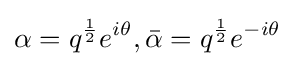
\alpha =q^{\frac {1}{2}}e^{i\theta },{\bar {\alpha }}=q^{\frac {1}{2}}e^{-i\theta }